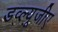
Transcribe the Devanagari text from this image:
डव्ल्यूजीए